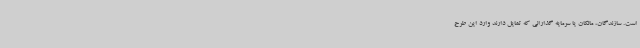
است. سازندگان، مالکان یا سرمایه گذارانی که تمایل دارند وارد این طرح